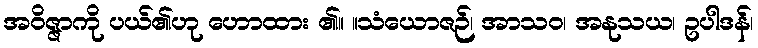
အဝိဇ္ဇာကို ပယ်၏ဟု ဟောထား ၏။ ။သံယောဇဉ်၊ အာသဝ၊ အနုသယ၊ ဥပါဒန်၊